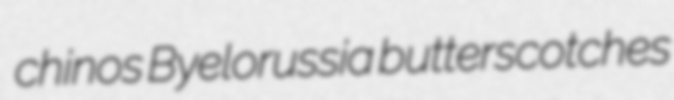
chinos Byelorussia butterscotches